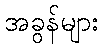
အခွန်များ